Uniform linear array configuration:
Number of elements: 12
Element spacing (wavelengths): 0.5
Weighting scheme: exponential
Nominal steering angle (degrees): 60
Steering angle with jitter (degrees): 60.069
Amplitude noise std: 0.05
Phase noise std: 0.05

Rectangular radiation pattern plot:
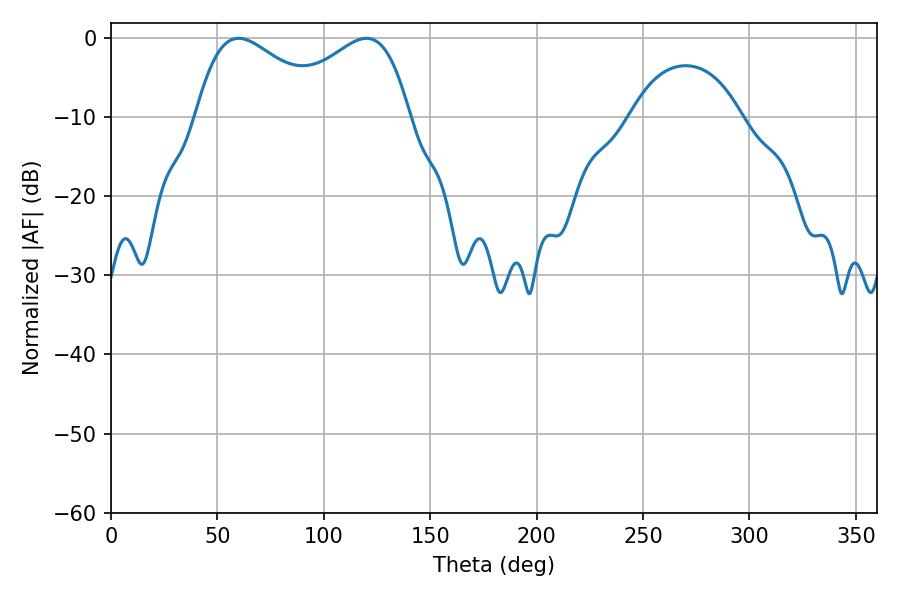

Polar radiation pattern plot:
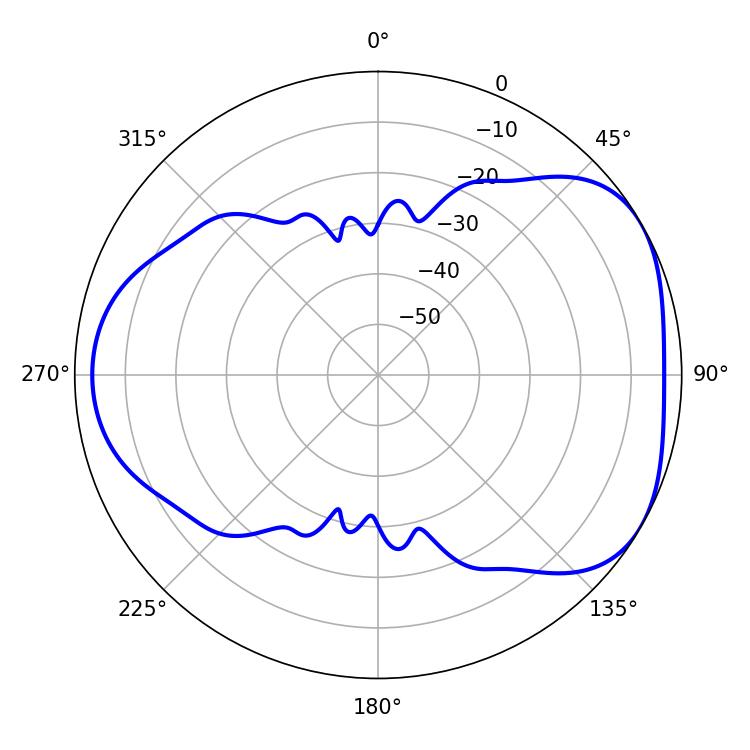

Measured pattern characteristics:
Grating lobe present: FALSE
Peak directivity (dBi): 4.5
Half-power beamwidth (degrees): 34.02
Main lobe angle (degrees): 59.94